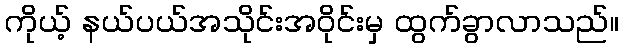
ကိုယ့် နယ်ပယ်အသိုင်းအဝိုင်းမှ ထွက်ခွာလာသည်။